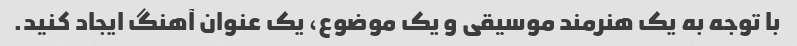
با توجه به یک هنرمند موسیقی و یک موضوع، یک عنوان آهنگ ایجاد کنید.